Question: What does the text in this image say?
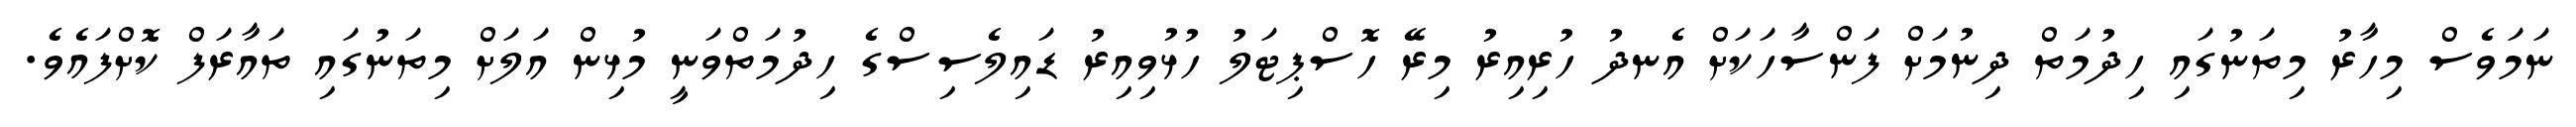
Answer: ނަމަވެސް މިހާރު މިތަނުގައި ހިދުމަތް ދިނުމަށް ފަންސާހަކަށް އެނދު ހުރިއިރު މިރޭ ހޮސްޕިޓަލު ހުޅުވިއިރު ޑައިލެސިސްގެ ހިދުމަތްވަނީ މުޅިން އަލަށް މިތަނުގައި ތައާރަފް ކޮށްފައެވެ.